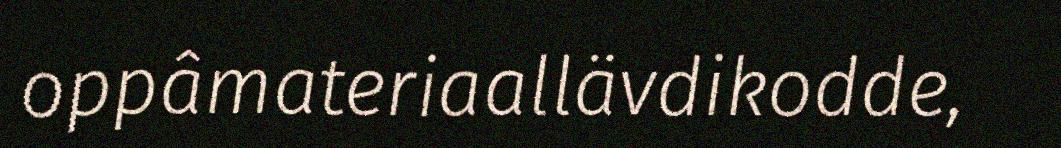
oppâmateriaallävdikodde,